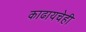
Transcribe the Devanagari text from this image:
काढायचेही